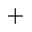
+